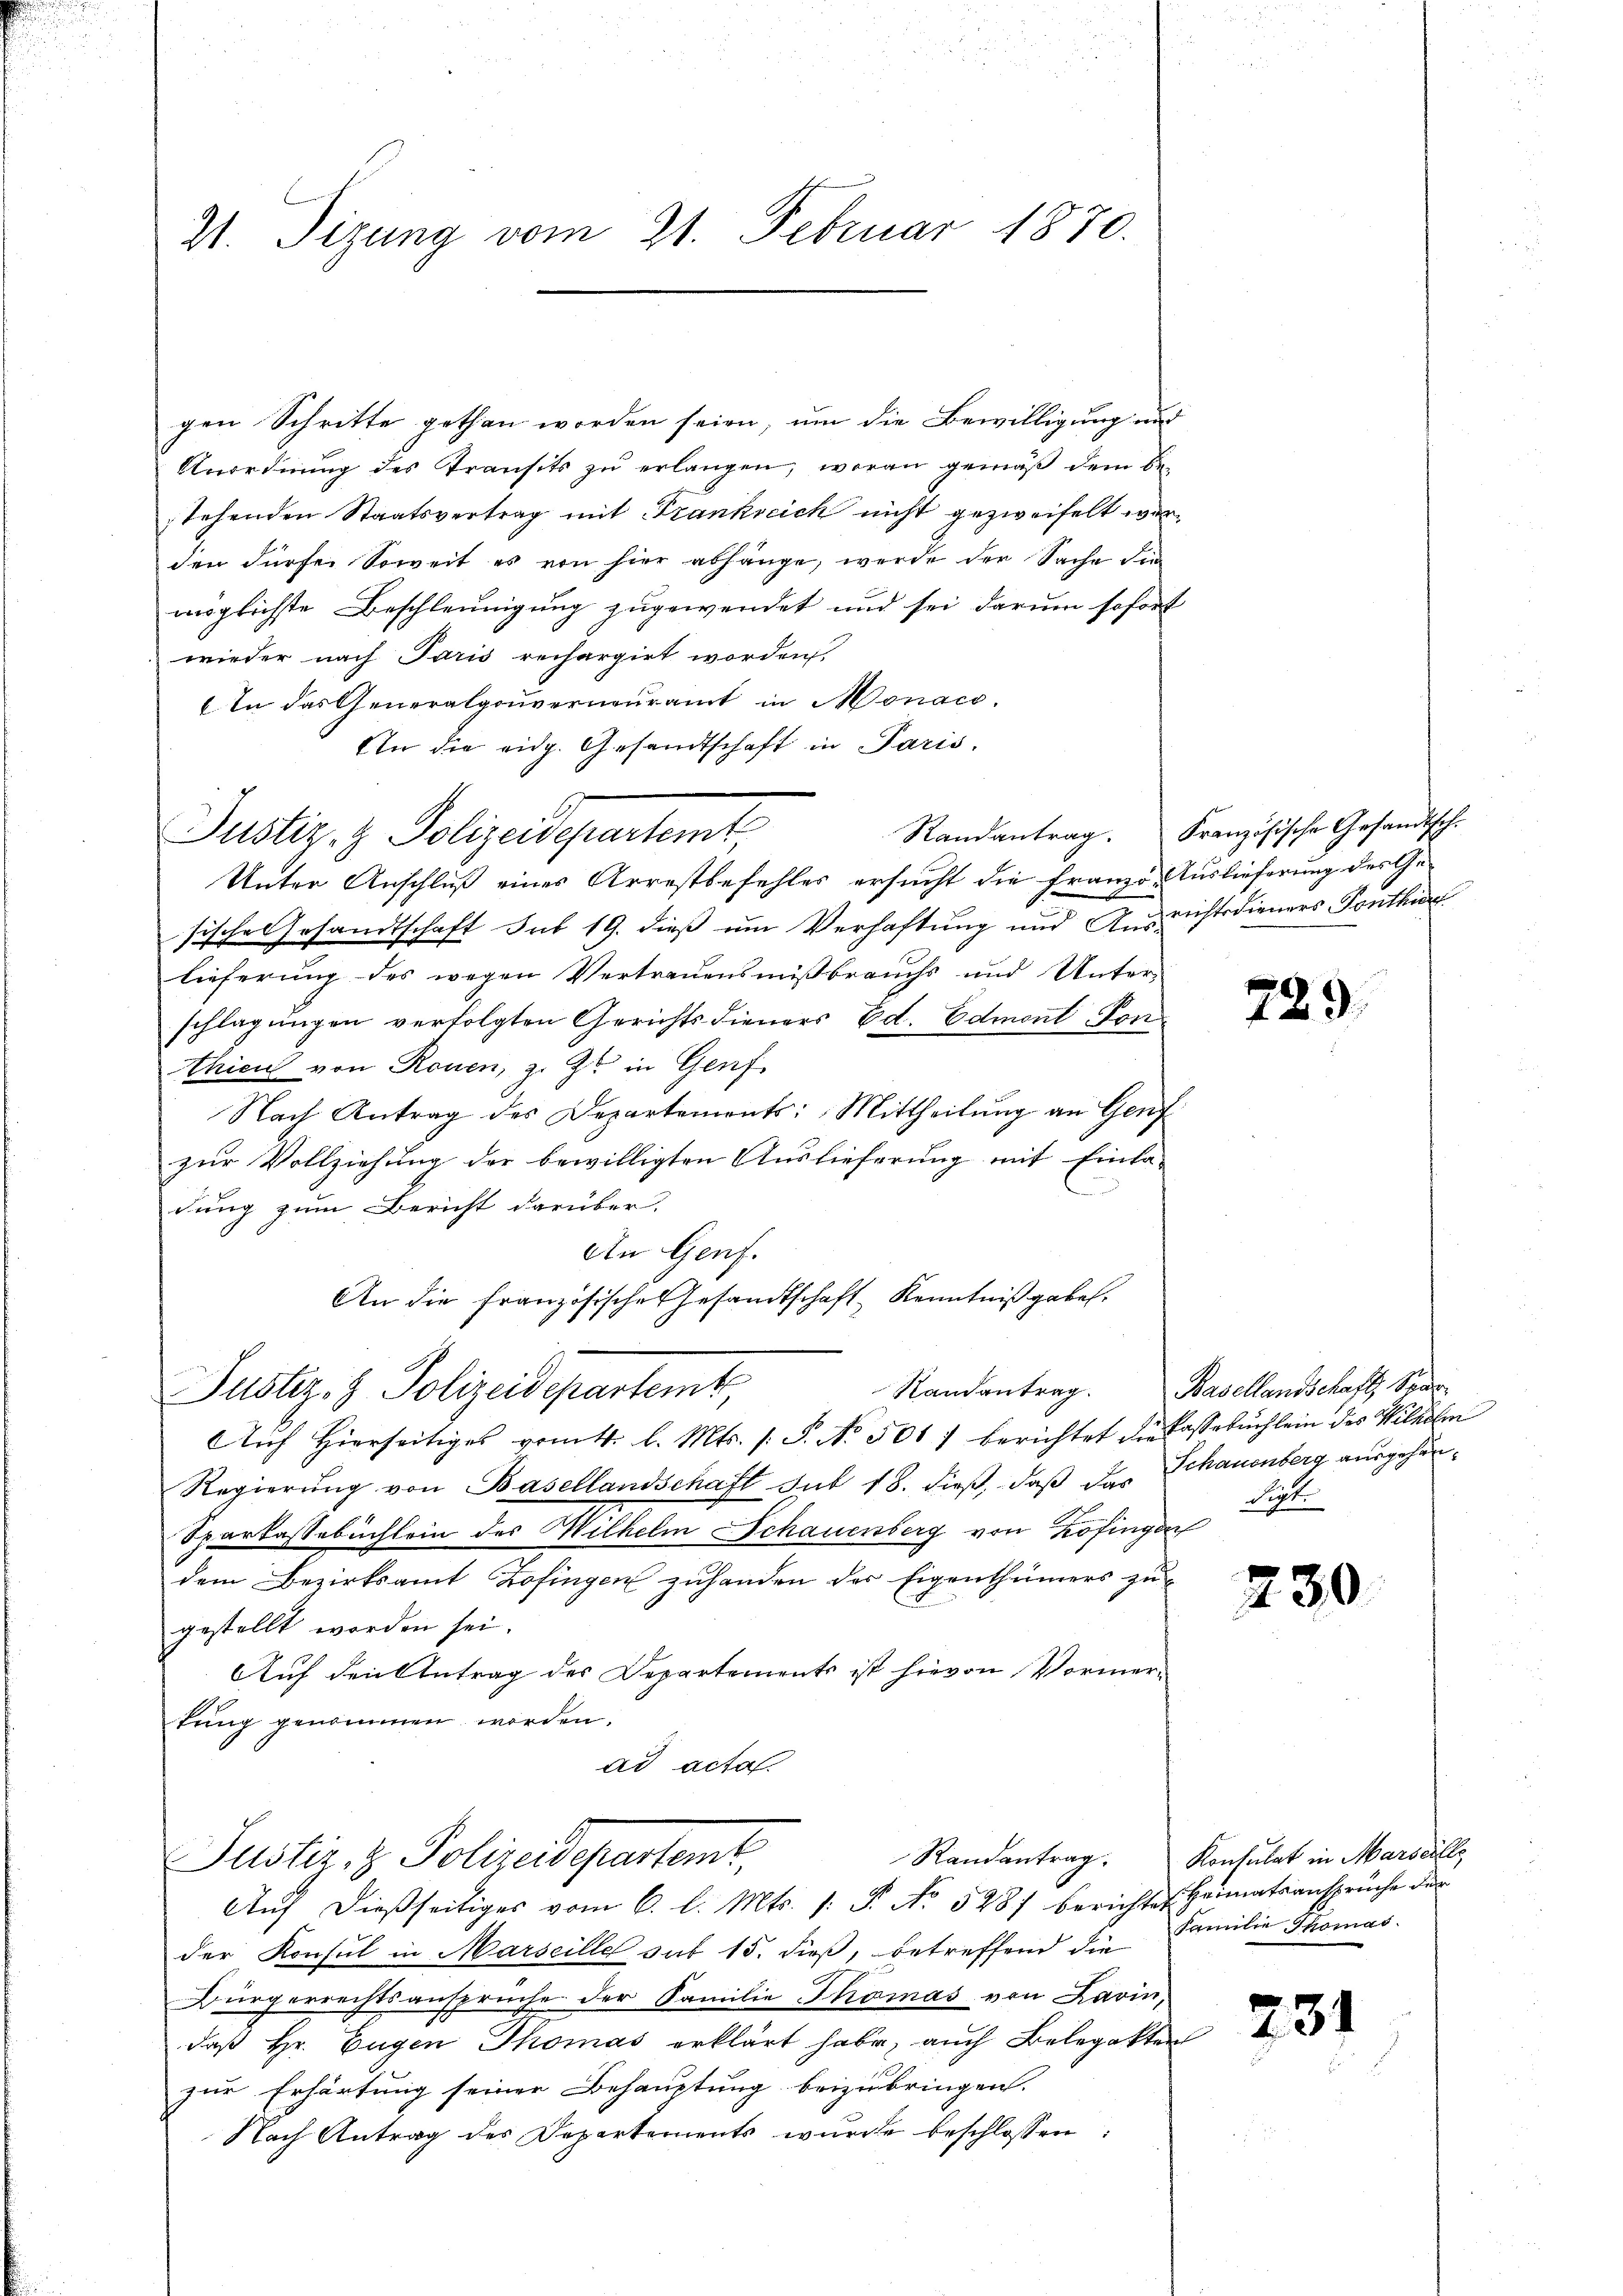
21. Sizung vom 21. Februar 1870.

gen Schritte gethan worden seien, um die Bewilligung und
Anordnung des Transits zu erlangen, woran gemäß dem Bestehenden Staatsvertrag mit Frankreich nicht gezweifelt werden dürfe. Soweit es von hier abhänge, werde der Sache die
möglichste Beschleunigung zugewendet und sei darum sofort
wieder nach Paris rechargirt worden
In das Generalgouverneuramt in Monaco.
An die eidg. Gesandtschaft in Paris,
Unter Anschluß eines Arrestbefehles ersucht die Franzo- Auslieferung des Ge
sische Gesandtschaft sub 19. dieß um Verhaftung und Ausrichtsdieners Ponthin
lieferung des wegen Vertrauensmißbrauchs und Unter-
schlagungen verfolgten Gerichts dieners Ed. Edmont Pon
thicus von Rouen, z. Z. in Genf
Nach Antrag des Departements: Mittheilŭng an Genf
zur Vollziehung der bewilligten Auslieferung mit Einla-
dung zum Bericht darüber,
An Genf.
An die französisches Gesandtschaft Kenntniß geben.
Randantrag. Basellandschaft Spar
Justiz- & Polizeidepartemt
Auch hierseitiges vom 4. l. Mts. /: P. Nr. 501 f berichtet die Cassabuchlein des Wilhelm
Regierŭng von Basellandschaft Sut 18. dieß, daß das Schauenberg ausgehän¬
Sparkassebuchlein des Wilhelm Schauenberg von Zofinge
dem Bezirksamt Zofingen zuhanden der Eigenthümers zu
gestellt worden sei.
Auf den Antrag des Departements ist hievon Vormertring genommen worden.

Justiz- & Polizeidepartamt,

Justiz- & Polizeidepartemt,
Aŭf dießseitiges vom 6. l. Mts. s. S. No. 528) berichtes Heimatsansprüche der

Randantrag. Französische Gesandtsch.

der Konsul in Marseille sub 15. dieß, betreffend die Familie Thomas-
Bürgerrechtsansprüche der Familie Thomas von Lavin,
daß Hr. Eugen Thomas erklärt habe, auch Belegatten
zur Erhärtung seiner Behauptung beizubringen.
Nach Antrag des Departements wurde beschlossen:

729.

Sipt.

230

Randantrag. Konsulat in Marseille

231